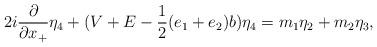
LaTeX: \begin{align*}2i \frac{\partial}{\partial x_{+}} {\eta}_4 +(V +E -\frac{1}{2}(e_1+e_2)b ) {\eta}_4= m_1 {\eta}_2 + m_2 {\eta}_3,\end{align*}